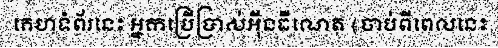
គេហទំព័រនេះ អ្នកប្រើប្រាស់អ៊ីនធឺណេត (ចាប់ពីពេលនេះ